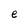
Character: e